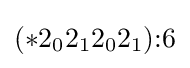
(*2_{0}2_{1}2_{0}2_{1}){:}6